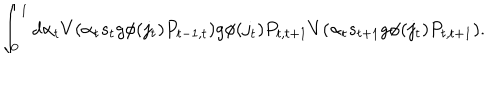
\int _ { 0 } ^ { 1 } d \alpha _ { t } V ( \alpha _ { t } s _ { t } g \phi ( j _ { t } ) P _ { t - 1 , t } ) g \phi ( j _ { t } ) P _ { t , t + 1 } V ( \alpha _ { t } s _ { t + 1 } g \phi ( j _ { t } ) P _ { t , t + 1 } ) .